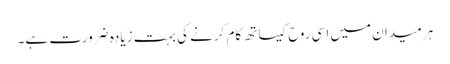
ہر میدان میں اسی روح کیساتھ کام کرنے کی بہت زیادہ ضرورت ہے۔